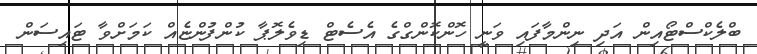
ބްލެކްސްޓޯއިން އަދި ނިންމާފައި ވަނީ ހޮންކޮންގްގެ އެސެޓް ޑިވެލޮޕާ ކުންފުންޏެއް ކަމަށްވާ ޓައިސަން